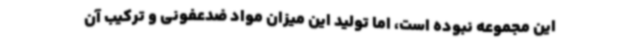
این مجموعه نبوده است، اما تولید این میزان مواد ضدعفونی و ترکیب آن